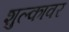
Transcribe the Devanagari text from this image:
शुल्कावर